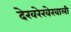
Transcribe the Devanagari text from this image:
देखरेखेखाली